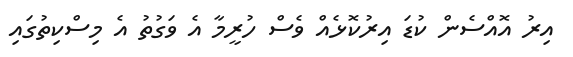
އިރު އޮއްސެން ކުޑަ އިރުކޮޅެއް ވެސް ހުރީމާ އެ ވަގުތު އެ މިސްކިތުގައި